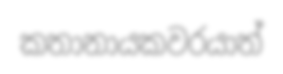
කතානායකවරයාත්